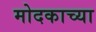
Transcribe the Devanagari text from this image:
मोदकाच्या